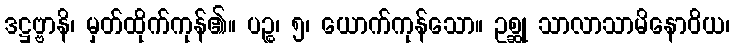
ဒဋ္ဌဗ္ဗာနိ၊ မှတ်ထိုက်ကုန်၏။ ပဉ္စ၊ ၅၊ ယောက်ကုန်သော။ ဥစ္ဆု သာလာသာမိနောဝိယ၊